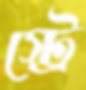
স্ট্রে